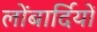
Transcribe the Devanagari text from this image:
लोंबार्दियों